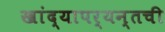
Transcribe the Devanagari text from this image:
खांद्यापर्यन्तची